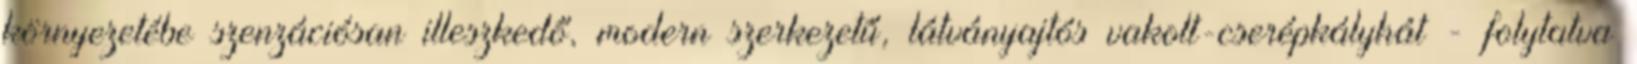
környezetébe szenzációsan illeszkedő, modern szerkezetű, látványajtós vakolt-cserépkályhát - folytatva